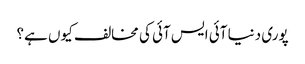
پوری دنیا آئی ایس آئی کی مخالف کیوں ہے؟